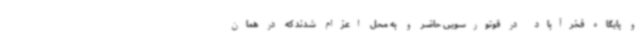
و پایگاه فخرآباد در قوتورسویی حاضر و به محل اعزام شدند که در همان